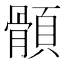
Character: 顝